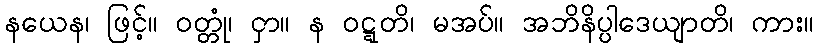
နယေန၊ ဖြင့်။ ဝတ္တုံ၊ ငှာ။ န ဝဋ္ဋတိ၊ မအပ်။ အဘိနိပ္ပါဒေယျာတိ၊ ကား။